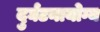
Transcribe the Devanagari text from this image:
दुर्घटनायोग्य